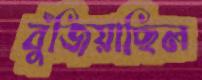
বুঁজিয়াছিল